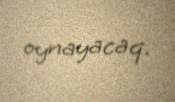
oynayacaq.